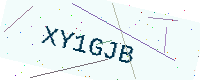
Text: XY1GJB